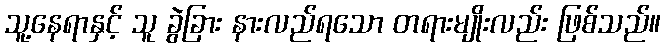
သူ့နေရာနှင့် သူ ခွဲခြား နားလည်ရသော တရားမျိုးလည်း ဖြစ်သည်။